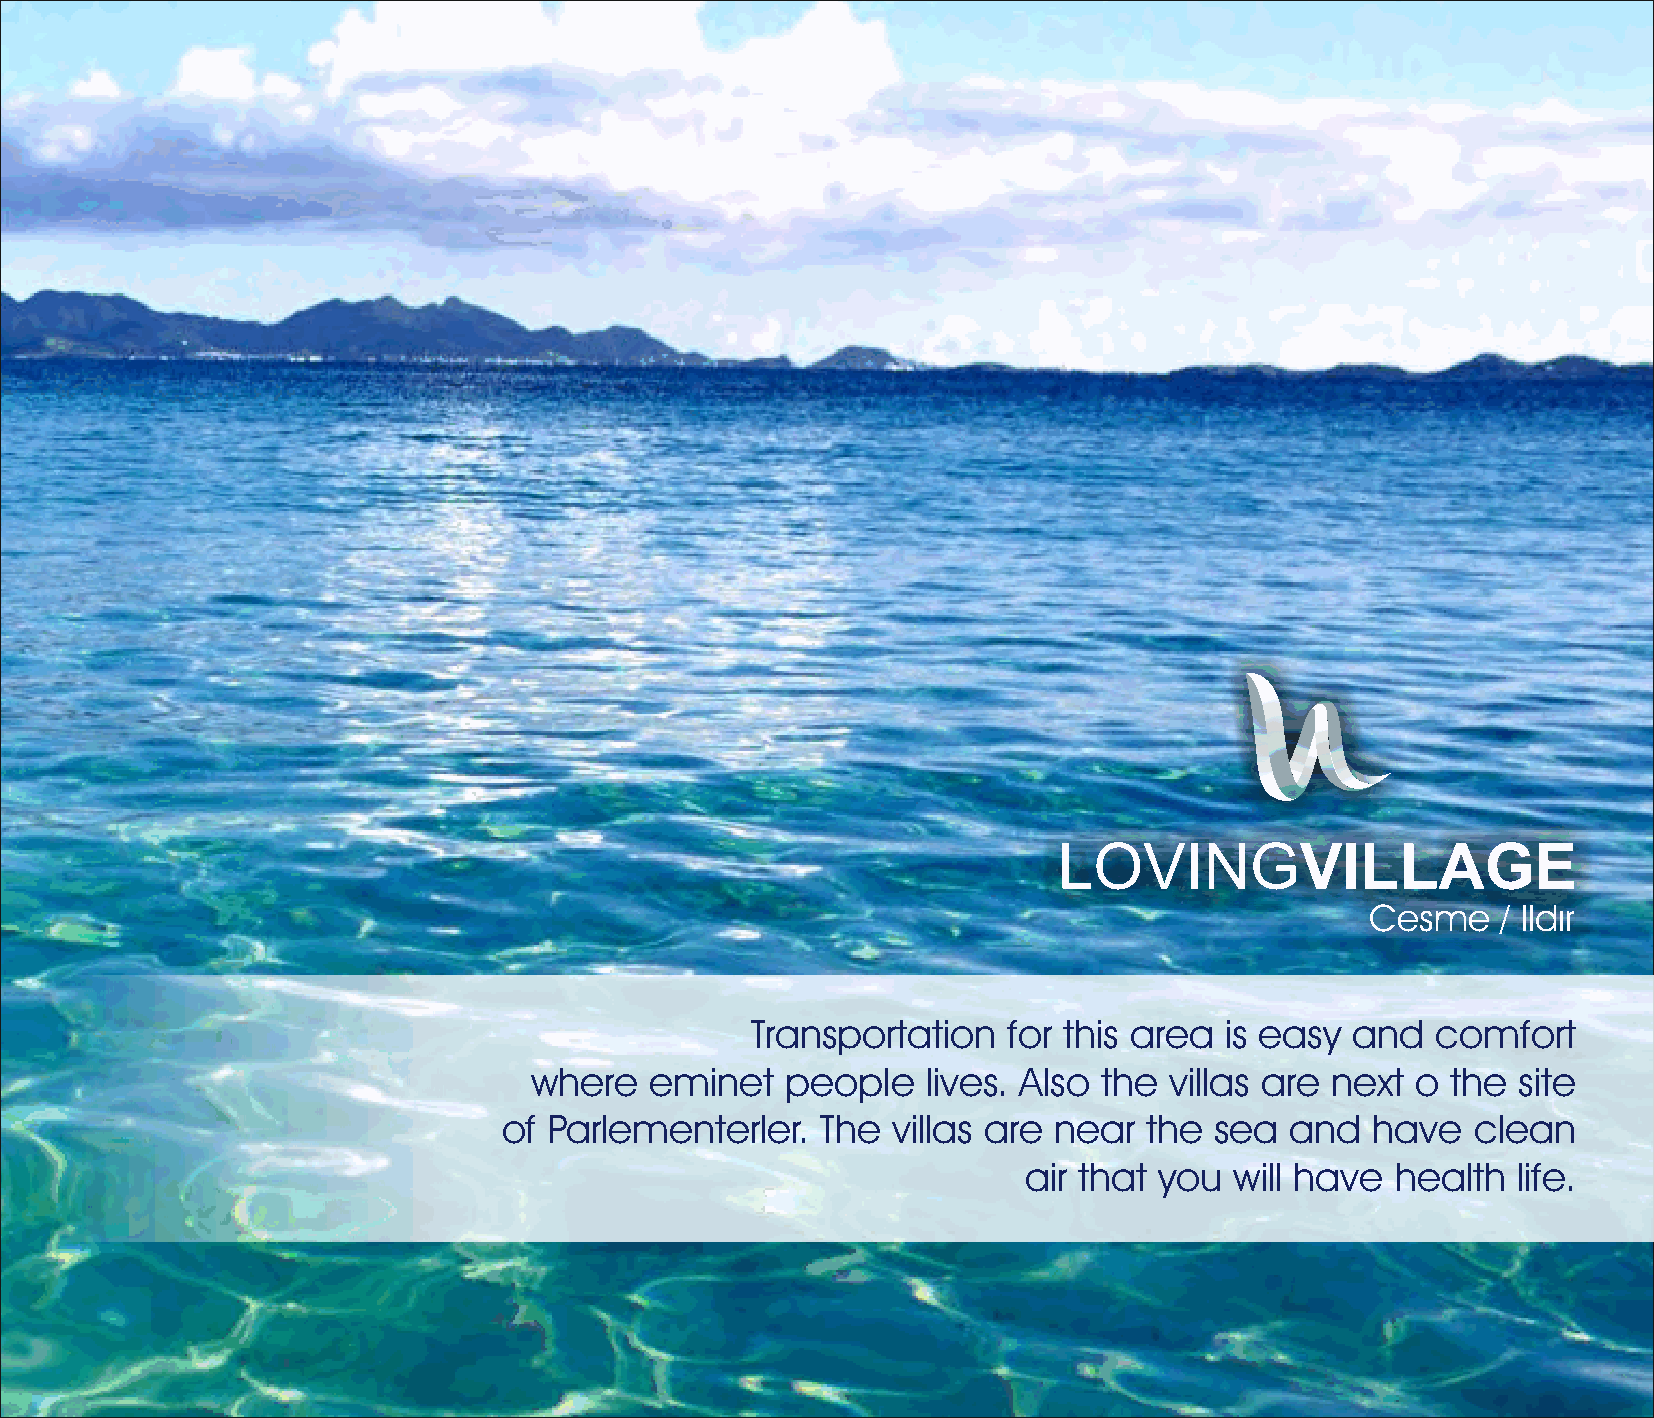
LOVINGVILLAGE
 Cesme   / Ildır
 Transportation   for this area is easy  and  comfort
 where   eminet   people   lives. Also the villas are next  o the site
 of Parlementerler.   The  villas are near  the sea  and   have   clean
 air that you  will have health  life.